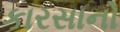
કારસાનો